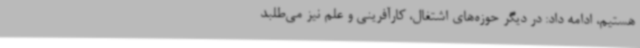
هستیم، ادامه داد: در دیگر حوزه‌های اشتغال، کارآفرینی و علم نیز می‌طلبد